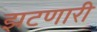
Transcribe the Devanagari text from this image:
झटणारी